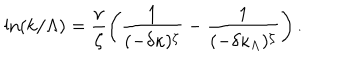
\ln ( k / \Lambda ) = \frac { \nu } { \zeta } \left( \frac { 1 } { ( - \delta \kappa ) ^ { \zeta } } - \frac { 1 } { ( - \delta \kappa _ { \Lambda } ) ^ { \zeta } } \right) .